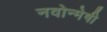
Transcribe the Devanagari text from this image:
नवोन्‍मेषी